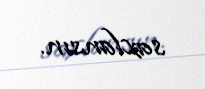
saxlansın.